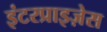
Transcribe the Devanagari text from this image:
इंटरप्राइज़ेस